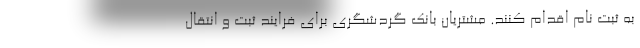
به ثبت نام اقدام کنند. مشتریان بانک گردشگری برای فرایند ثبت و انتقال